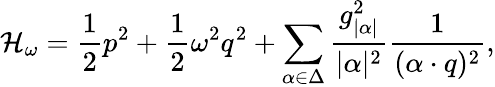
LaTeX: {\cal H}_{\omega}={\frac{1}{2}}p^{2}+{\frac{1}{2}}\omega^{2}q^{2}+\sum_{\alpha\in\Delta}{\frac{g_{|\alpha|}^{2}}{|\alpha|^{2}}}{\frac{1}{(\alpha\cdot q)^{2}}},